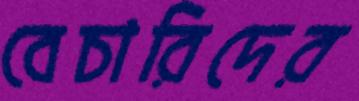
বেচারিদের